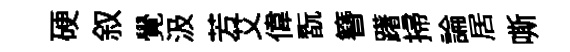
硬叙覺汲芳艾偉翫簪躇掃論居嘶